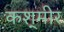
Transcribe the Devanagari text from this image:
कश्‌मीर